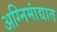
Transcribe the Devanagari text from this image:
अग्निमांद्यात